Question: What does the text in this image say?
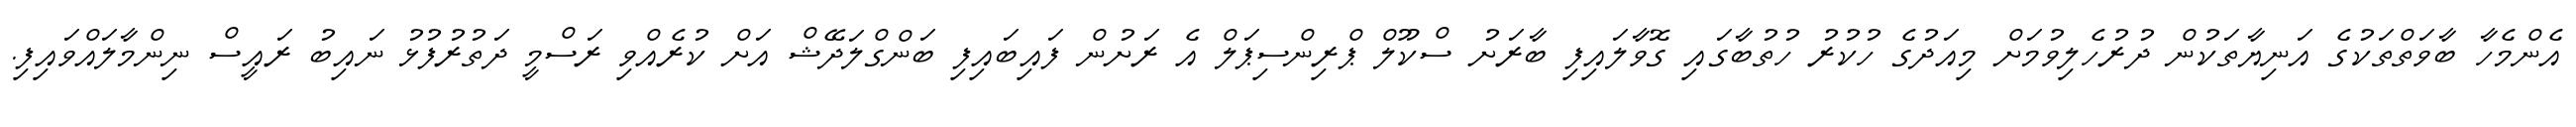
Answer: އެންމެހާ ބާވަތްތަކުގެ އަނިޔާތަކުން ދުރުހެލިވުމަށް މިއަދުގެ ހުކުރު ހުތުބާގައި ގޮވާލައިފި ބާރަށު ސްކޫލް ޕްރިންސިޕަލް އެ ރަށުން ފައިބައިފި ބަންގްލަދޭޝް އަށް ކުރެއްވި ރަސްމީ ދަތުރުފުޅު ނައިބު ރައީސް ނިންމާލައްވައިފި.